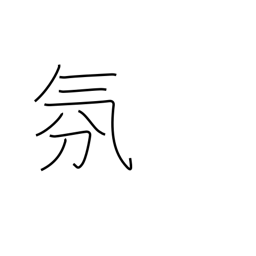
Meaning: atmosphere